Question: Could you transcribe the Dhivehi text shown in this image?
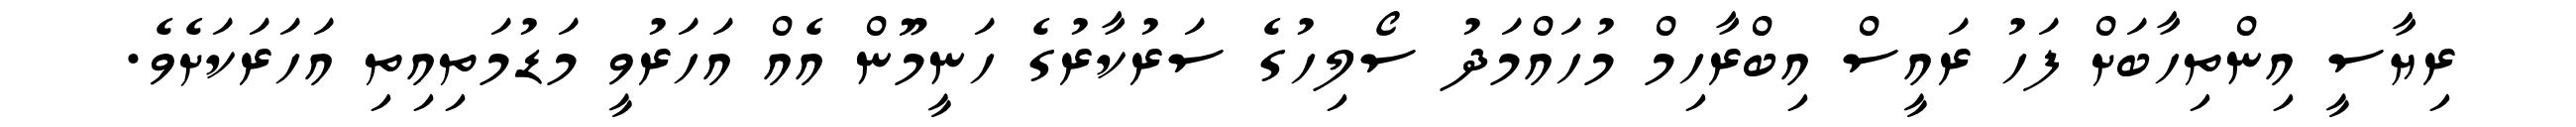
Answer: ރިޔާސީ އިންތިހާބަށް ފަހު ރައީސް އިބްރާހިމް މުހައްމަދު ސޯލިހުގެ ސަރުކާރުގެ ހަނީމޫން އެއް އަހަރުވީ މަޑުމަތިއިތި އަހަރަކަށެވެ.